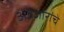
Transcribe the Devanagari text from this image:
अवजारांचे